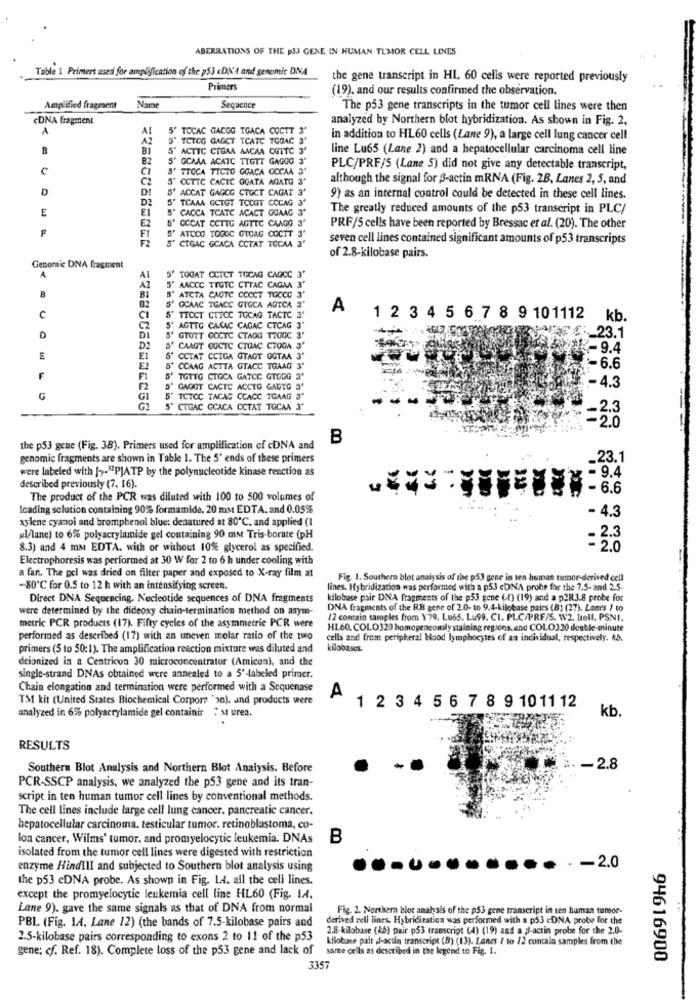
ABERRATIONS OF THE PJJ GENE IN HUMAN TLMOR CELL LINES
Table 1 Primers med for amplification of the p53 cDN't and genomic DNA
the gene transcript in HL 60 cells were reported previously
Primers
(19), and our results confirmed the observation.
Amplified fragment
Name
Sequence
The p53 gene transcripts in the tumor cell lines were then
cDNA fragment
analyzed by Northern blot hybridization. As shown in Fig. 2.
A
A
5' TOCAC GACGG TGACA COCTT 3
A2
S' TCTOG GAGCT TCATC TOGAC 3'
in addition to HL60 cells (Lane 9), a large cell lung cancer cell
BI
5' ACTTC CTGAA AACAA CGTTC
line Lu65 (Lane 2) and a hepatocellular carcinoma cell line
B2
5' GCAAA ACATC TIGTT GAGOG 3"
CI
TTOCA TICTO GGACA COCAA 3"
PLC/PRF/5 (Lane 5) did not give any detectable transcript,
C2
S' CCTTC CACTC GGATA AGATG 3
although the signal for S-actin mRNA (Fig. 2B, Lanes 2, 5, and
D
5' ACCAT GAGOG CTOCT CAGAT 3'
D2
S' TCAAA GCTGT TOCGT COCAG
9) as an internal control could be detected in these cell lines.
E
EI
S' CACCA TCATC ACACT GGAAG
The greatly reduced amounts of the p53 transcript in PLC/
E2
S' GCCAT CCTTG AGTTC CAAGG 3'
PRF/5 cells have been reported by Bressac et al. (20). The other
S' ATOCG TOGGC GTGAG COCTT 3'
S' CTGAC GCACA CCTAT TOCAA 3'
seven cell lines contained significant amounts of p53 transcripts
of 2.8-kilobase pairs.
Genomic DNA fragment
A
AI
AZ
5' TOGAT CCTCT TOCAG CAGCC3
5' AACCC TIGTC CTTAC CAGAA 3'
S' ATCTA CAGTC COOCT TOCCO 3'
5' GCAAC TGACC GTGCA AGTCA 3'
A
C
CI
5' TTOCT CTICC TGCAG TACTC 3"
1 2 3 4 5 6 7 8 9 101112
kb.
C2
S' AGTTO CARAC CAGAC CTCAG 3"
:_ 23.1
D
DI
S' GTOTT GOCTC CTAGG TIGGC 3'
D2
S' CAAGT GOCTC CTOAC CTOGA 3'
9.4
EI
5' CCTAT CCIGA GTAGT OGTAA 3'
E2
5' CCAAG ACTTA GTACC TGAAG 3'
-6.6
F
F1
5' TGTTG CTOCA GATCC GTGOG 3'
F2
5' GAGGT CACTC ACCTO GALTG 3'
-4.3
G
GI
5' TCTCC TACAG CCACC TGAAG 3'
5' CTGAC GCACA CCTAT TOCAA 3'
-2.3
-2.0
B
the p53 gene (Fig. 38). Primers used for amplification of cDNA and
genomic fragments are shown in Table 1. The 5' ends of these primers
_23.1
were labeled with [7-"PJATP by the polynucleotide kinase reaction as
- 9.4
described previously (7, 16).
The product of the PCR was diluted with 100 to 500 volumes of
Icading solution containing 90% formamide, 20 mm EDTA. and 0.05%
- 4.3
xylene cyanoi and bromphenol blue: denatured at 80℃. and applied (I
ul/lane) to 6% polyacrylamide gel containing 90 mm Tris-borate (pH
. 2.3
8.3) and 4 mM EDTA. with or without 10% glycerol as specified.
= 2.0
Electrophoresis was performed at 30 W for 2 to 6 h under cooling with
a fan. The gel was dried on filter paper and exposed to X-ray film at
Fig. 1. Southern blot analysis of the p53 gene in ten human tumor-derived cell
-80℃ for 0.5 to 12 h with an intensifying screen.
lines. Hybridization was performed with a p53 eDNA probe for the 7.5- and 2.5-
Direct DNA Sequencing. Nucleotide sequences of DNA fragments
kilobase pair DNA fragments of the p53 gene (4) (19) and a p2R3.8 probe for
were determined by the dideoxy chain-termination method on asym-
DNA fragments of the RB gene of 2.0- to 9.4-kilobase pairs (8) (27). Lanes / to
12 contain samples from \79. Lu65. Lu99. CI. PLC/PRF/5. W2. Itell, PSNI.
metric PCR products (17). Fifty cycles of the asymmetric PCR were
HL60, COLO320 homogencomdly staining regions.and COLO320 double-minute
performed as described (17) with an uneven molar ratio of the two
cells and from peripheral Nood lymphocytes of an individual, respectively. Ab.
primers (5 to 50: 1). The amplification reaction mixture was diluted and
kilobases.
deionized in a Centricon 30 microconcentrator (Amicon), and the
single-strand DNAs obtained were annealed to a 5'-labeled primer.
Chain elongation and termination were performed with a Sequenase
TM kit (United States Biochemical Corpore "on). and products were
A
1 2 3 4 5 6 7 8 9 1011 12
analyzed in 6% polyacrylamide gel containir : 31 urea.
kb
RESULTS
Southern Blot Analysis and Northern Blot Analysis. Before
-2.8
PCR-SSCP analysis, we analyzed the p53 gene and its tran-
script in ten human tumor cell lines by conventional methods.
The cell lines include large cell lung cancer. pancreatic cancer.
hepatocellular carcinoma. testicular tumor. retinoblastoma, co-
lon cancer, Wilms' tumor, and promyelocytic leukemia. DNAs
B
isolated from the tumor cell lines were digested with restriction
enzyme HindIII and subjected to Southern blot analysis using
-2.0
the p53 cDNA probe. As shown in Fig. LA. all the cell lines.
except the promyelocytic leukemia cell line HL60 (Fig. 1A.
Lane 9). gave the same signals as that of DNA from normal
Fig. 2. Northern blot analysis of the p53 gene transcript in ten human tombor-
derived cell lines. Hybridization was performed with a p53 cDNA probe for the
PBL (Fig. 14, Lane 12) (the bands of 7.5-kilobase pairs and
2.8-kilobase (Ab) pair p53 transcript (4) (19) and a d-actin probe for the 2.0.
2.5-kilobase pairs corresponding to exons 2 to 11 of the p53
kilobase palt J-actin transcript (B) (13). Lanes / to /2 contain samples from the
gene; cf. Ref. 18). Complete loss of the p53 gene and lack of
same cells as described in the legend to Fig. 1.
94616900
3357